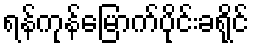
ရန်ကုန်မြောက်ပိုင်းခရိုင်